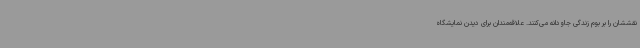
نقششان را بر بوم زندگی جاودانه می‌کنند. علاقه‌مندان برای دیدن نمایشگاه